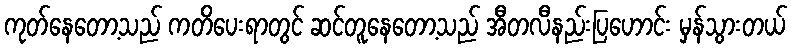
ကုတ်နေတော့သည် ကတိပေးရာတွင် ဆင်တူနေတော့သည် အီတလီနည်းပြဟောင်း မှန်သွားတယ်